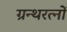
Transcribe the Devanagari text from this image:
ग्रन्थरत्नों